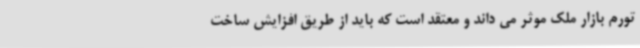
تورم بازار ملک موثر می داند و معتقد است که باید از طریق افزایش ساخت